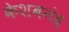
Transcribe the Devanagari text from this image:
केशबनंद